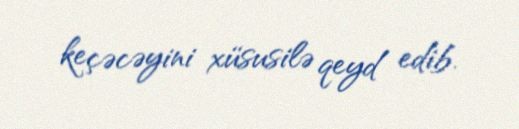
keçəcəyini xüsusilə qeyd edib.